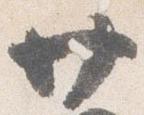
廿